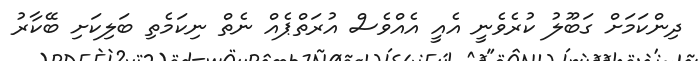
ދިންކަމަށް ގަބޫލު ކުރެވެނީ އެއީ އެއްވެސް އުރަތްޕެއް ނެތް ނިކަމެތި ބަލިކަށި ބޭކާރު